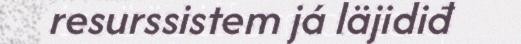
resurssistem já läjidiđ